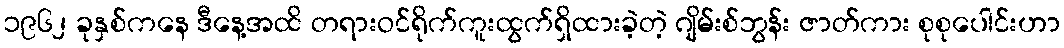
၁၉၆၂ ခုနှစ်ကနေ ဒီနေ့အထိ တရားဝင်ရိုက်ကူးထွက်ရှိထားခဲ့တဲ့ ဂျိမ်းစ်ဘွန်း ဇာတ်ကား စုစုပေါင်းဟာ